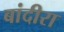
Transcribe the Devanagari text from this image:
बांदीरा